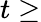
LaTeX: t\ge